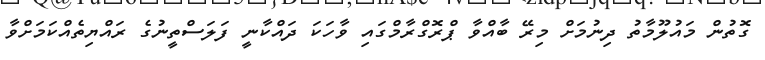
ގޮތުން މައުލޫމާތު ދިނުމަށް މިރޭ ބާއްވާ ޕްރޮގްރާމްގައި ވާހަކަ ދައްކާނީ ފަލަސްތީނުގެ ރައްޔިތެއްކަމަށްވާ